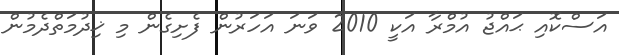
އަސްކޮއި ޙައްޖު އުމްރާ އަކީ 2010 ވަނަ އަހަރުން ފެށިގެން މި ޚިދުމަތްދެމުން